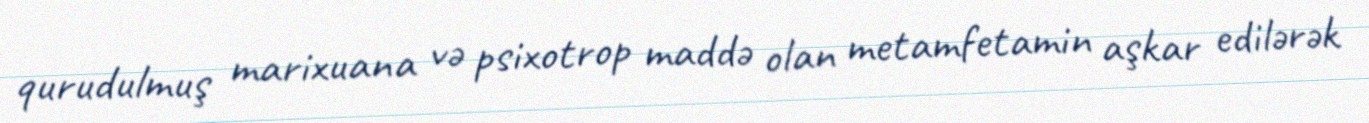
qurudulmuş marixuana və psixotrop maddə olan metamfetamin aşkar edilərək